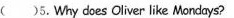
( )5. Why does Oliver like Mondays?